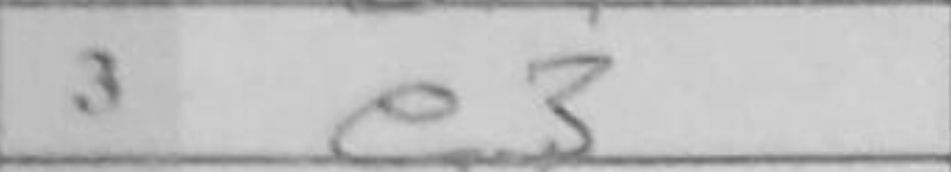
Transcription: e3